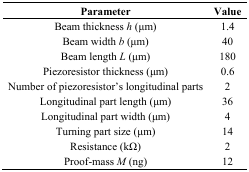
| Parameter | Value |
 | --- | --- |
 | Beam thickness h (μm) | 1.4 |
 | Beam width b (μm) | 40 |
 | Beam length L (μm) | 180 |
 | Piezoresistor thickness (μm) | 0.6 |
 | Number of piezoresistor's longitudinal parts | 2 |
 | Longitudinal part length (μm) | 36 |
 | Longitudinal part width (μm) | 4 |
 | Turning part size (μm) | 14 |
 | Resistance (kΩ) | 2 |
 | Proof-mass M (ng) | 12 |